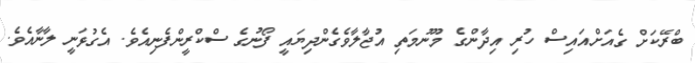
ބްރޭކަށް ގެއަށްއައިސް ހުރި އިދާންގެ މޫނުމަތި އުޖާލާވެގެންދިޔައީ ފޯނުގެ ސްކްރީންފެނިއެވެ. އެގުޅަނީ ލާނާއެވެ.